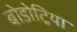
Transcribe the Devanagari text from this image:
बोडोट्रिया